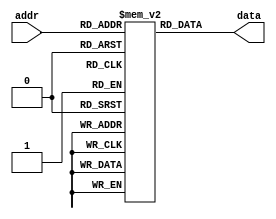
module parameterized_rom #(
    parameter ADDR_WIDTH = 8,  // Number of address bits
    parameter DATA_WIDTH = 16   // Width of each data word
)(
    input wire [ADDR_WIDTH-1:0] addr,  // Address input
    output reg [DATA_WIDTH-1:0] data    // Data output
);

    // Calculate the total number of entries in the ROM
    localparam NUM_ENTRIES = 1 << ADDR_WIDTH;

    // Memory array declaration
    reg [DATA_WIDTH-1:0] rom [0:NUM_ENTRIES-1];

    // Initial block to load ROM contents
    initial begin
        // Example initialization (can be replaced with a memory initialization file)
        // This is just an example; you can initialize with your own values
        rom[0] = 16'h0001;
        rom[1] = 16'h0002;
        rom[2] = 16'h0003;
        rom[3] = 16'h0004;
        // ... Initialize other entries as needed
        rom[255] = 16'h00FF; // For ADDR_WIDTH = 8
    end

    // Always block to read data based on address
    always @(*) begin
        data = rom[addr];  // Asynchronous read operation
    end

endmodule